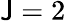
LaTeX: \mathsf{J}=2